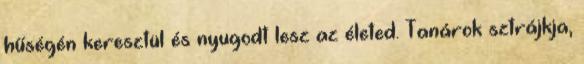
hűségén keresztül és nyugodt lesz az életed. Tanárok sztrájkja,